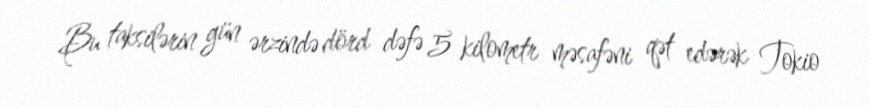
Bu taksilərin gün ərzində dörd dəfə 5 kilometr məsafəni qət edərək Tokio